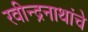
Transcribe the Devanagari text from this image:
रवीन्द्रनाथांचे